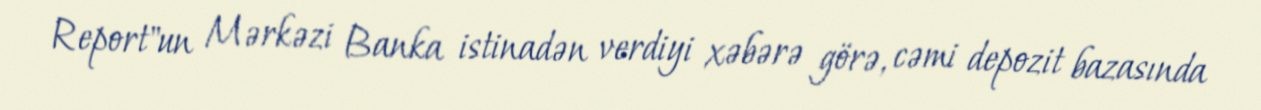
Report"un Mərkəzi Banka istinadən verdiyi xəbərə görə, cəmi depozit bazasında